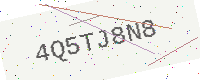
Text: 4Q5TJ8N8